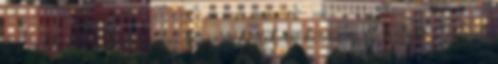
az ablaktól, s lassan leereszkedik a kiszemelt helyre. Jelige